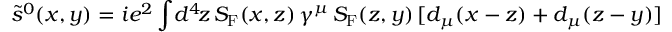
\tilde { s } ^ { 0 } ( x , y ) = i e ^ { 2 } \int \! d ^ { 4 } \! z \, S _ { \mathrm { F } } ( x , z ) \, \gamma ^ { \mu } \, S _ { \mathrm { F } } ( z , y ) \, [ d _ { \mu } ( x - z ) + d _ { \mu } ( z - y ) ]